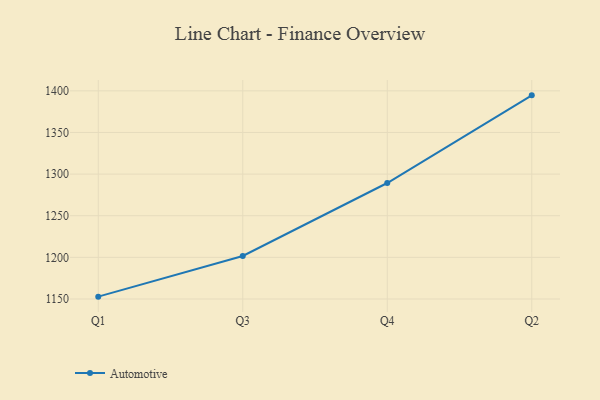
{"axis": {"x": "Quarter", "y": "Net Income (USD K)"}, "legend": ["Automotive"], "data": [{"x": "Q1", "y": 1152.8, "type": "Automotive"}, {"x": "Q3", "y": 1201.7, "type": "Automotive"}, {"x": "Q4", "y": 1289.3, "type": "Automotive"}, {"x": "Q2", "y": 1394.6, "type": "Automotive"}]}